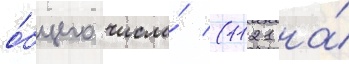
о́бщего числа́ (1121 на́